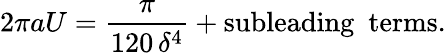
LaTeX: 2\pi aU=\frac{\pi}{120\, \delta^{4}}+\mathrm{subleading~~terms}.